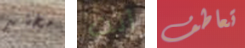
مختبر أنت تعاطف